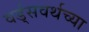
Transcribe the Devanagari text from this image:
वर्ड्‌सवर्थच्या